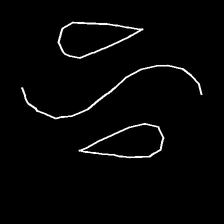
Glyph: water